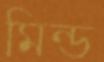
মিন্ড